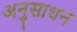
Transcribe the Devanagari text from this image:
अनुसाधन